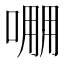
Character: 𠺔